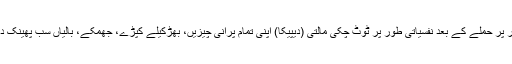
مثال کے طور پر حملے کے بعد نفسیاتی طور پر ٹوٹ چکی مالتی (دیپیکا) اپنی تمام پرانی چیزیں، بھڑکیلے کپڑے، جھمکے، بالیاں سب پھینک دینا چاہتی ہے۔